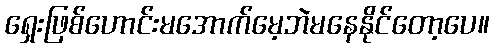
ရှေးဖြစ်ဟောင်းမအောက်မေ့ဘဲမနေနိုင်တော့ပေ။